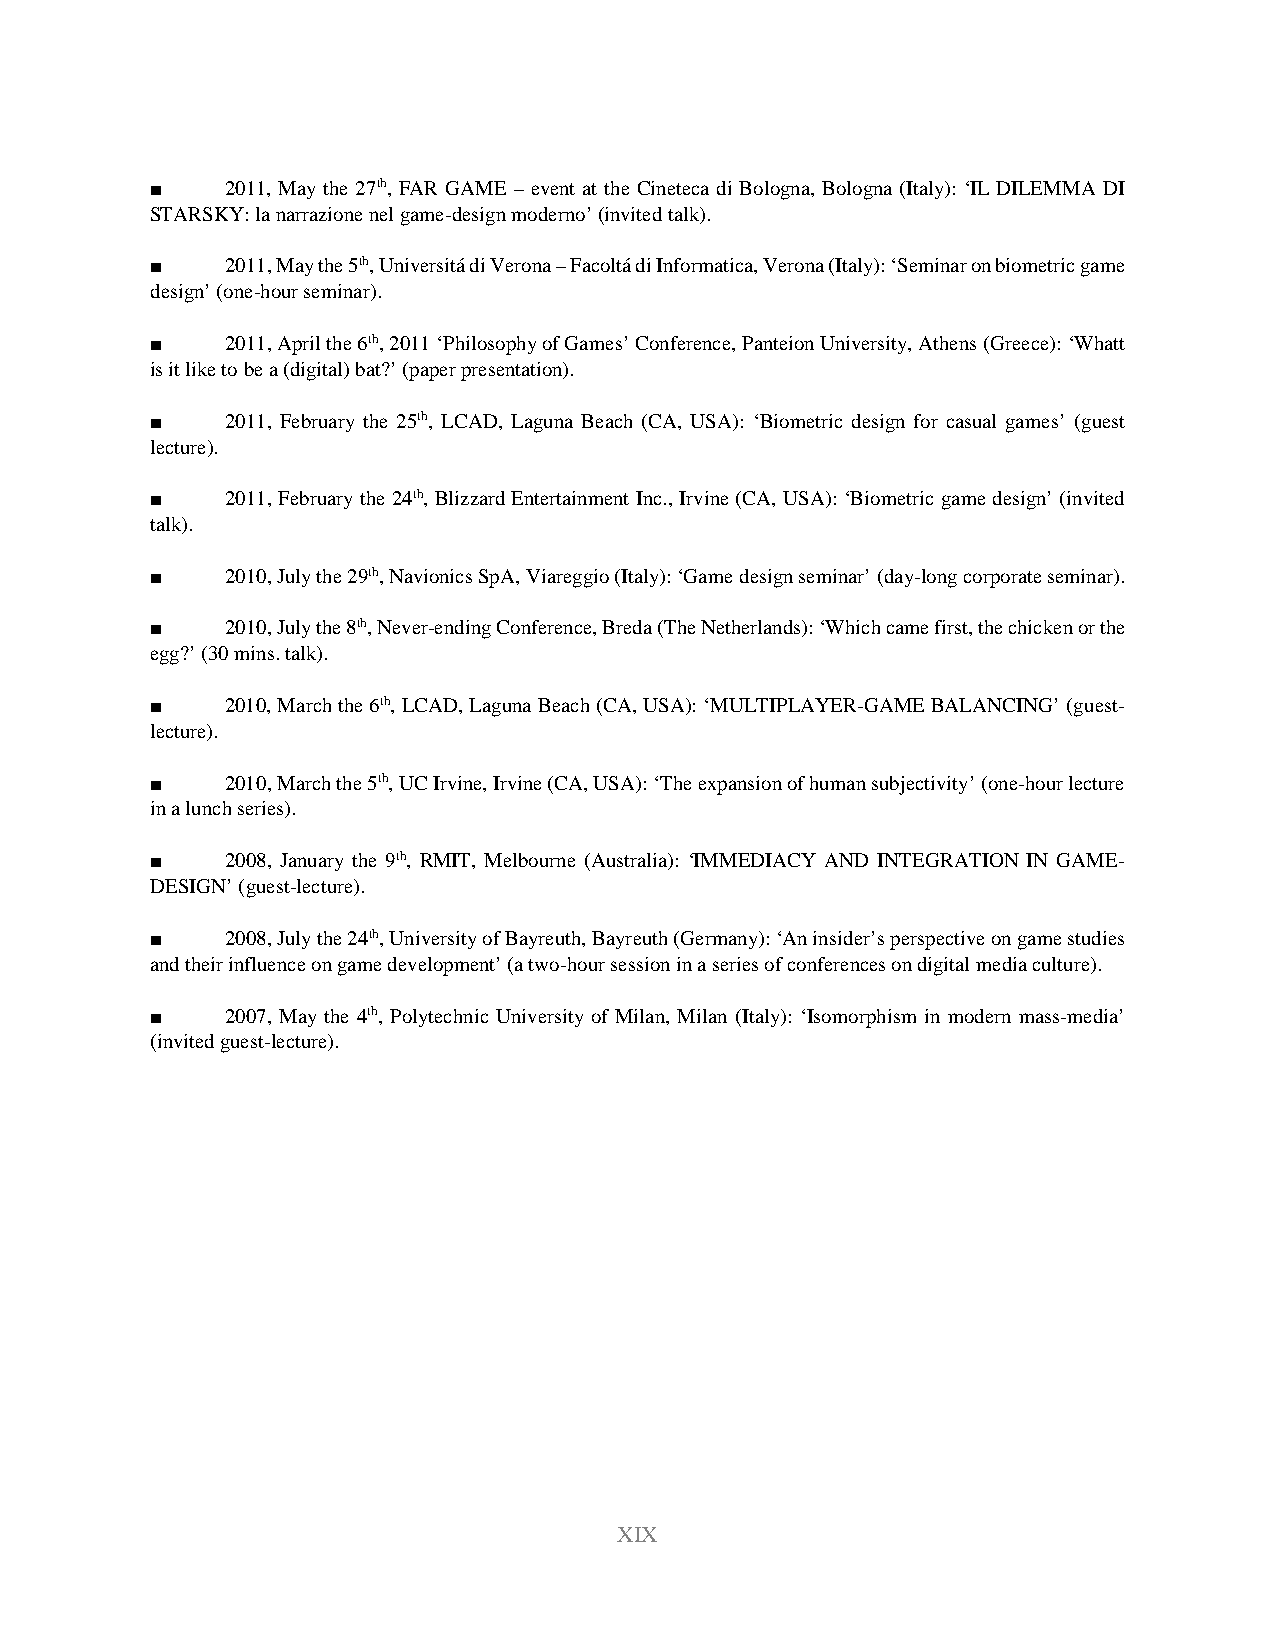
■    2011, May the 27th, FAR GAME – event at the Cineteca di Bologna, Bologna (Italy): ‘IL DILEMMA DI
 STARSKY: la narrazione nel game-design moderno’ (invited talk).
 ■    2011, May the 5th, Universitá di Verona – Facoltá di Informatica, Verona (Italy): ‘Seminar on biometric game
 design’ (one-hour seminar).
 ■    2011, April the 6th, 2011 ‘Philosophy of Games’ Conference, Panteion University, Athens (Greece): ‘Whatt
 is it like to be a (digital) bat?’ (paper presentation).
 ■    2011, February the 25th, LCAD, Laguna Beach (CA, USA): ‘Biometric design for casual games’ (guest
 lecture).
 ■    2011, February the 24th, Blizzard Entertainment Inc., Irvine (CA, USA): ‘Biometric game design’ (invited
 talk).
 ■    2010, July the 29th, Navionics SpA, Viareggio (Italy): ‘Game design seminar’ (day-long corporate seminar).
 ■    2010, July the 8th, Never-ending Conference, Breda (The Netherlands): ‘Which came first, the chicken or the
 egg?’ (30 mins. talk).
 ■    2010, March the 6th, LCAD, Laguna Beach (CA, USA): ‘MULTIPLAYER-GAME BALANCING’ (guest-
 lecture).
 ■    2010, March the 5th, UC Irvine, Irvine (CA, USA): ‘The expansion of human subjectivity’ (one-hour lecture
 in a lunch series).
 ■    2008, January the 9th, RMIT, Melbourne (Australia): ‘IMMEDIACY AND INTEGRATION IN GAME-
 DESIGN’ (guest-lecture).
 ■    2008, July the 24th, University of Bayreuth, Bayreuth (Germany): ‘An insider’s perspective on game studies
 and their influence on game development’ (a two-hour session in a series of conferences on digital media culture).
 ■    2007, May the 4th, Polytechnic University of Milan, Milan (Italy): ‘Isomorphism in modern mass-media’
 (invited guest-lecture).
 XIX